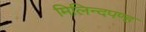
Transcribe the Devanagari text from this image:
मिलिन्दपण्ह